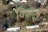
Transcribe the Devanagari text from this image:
विवादी